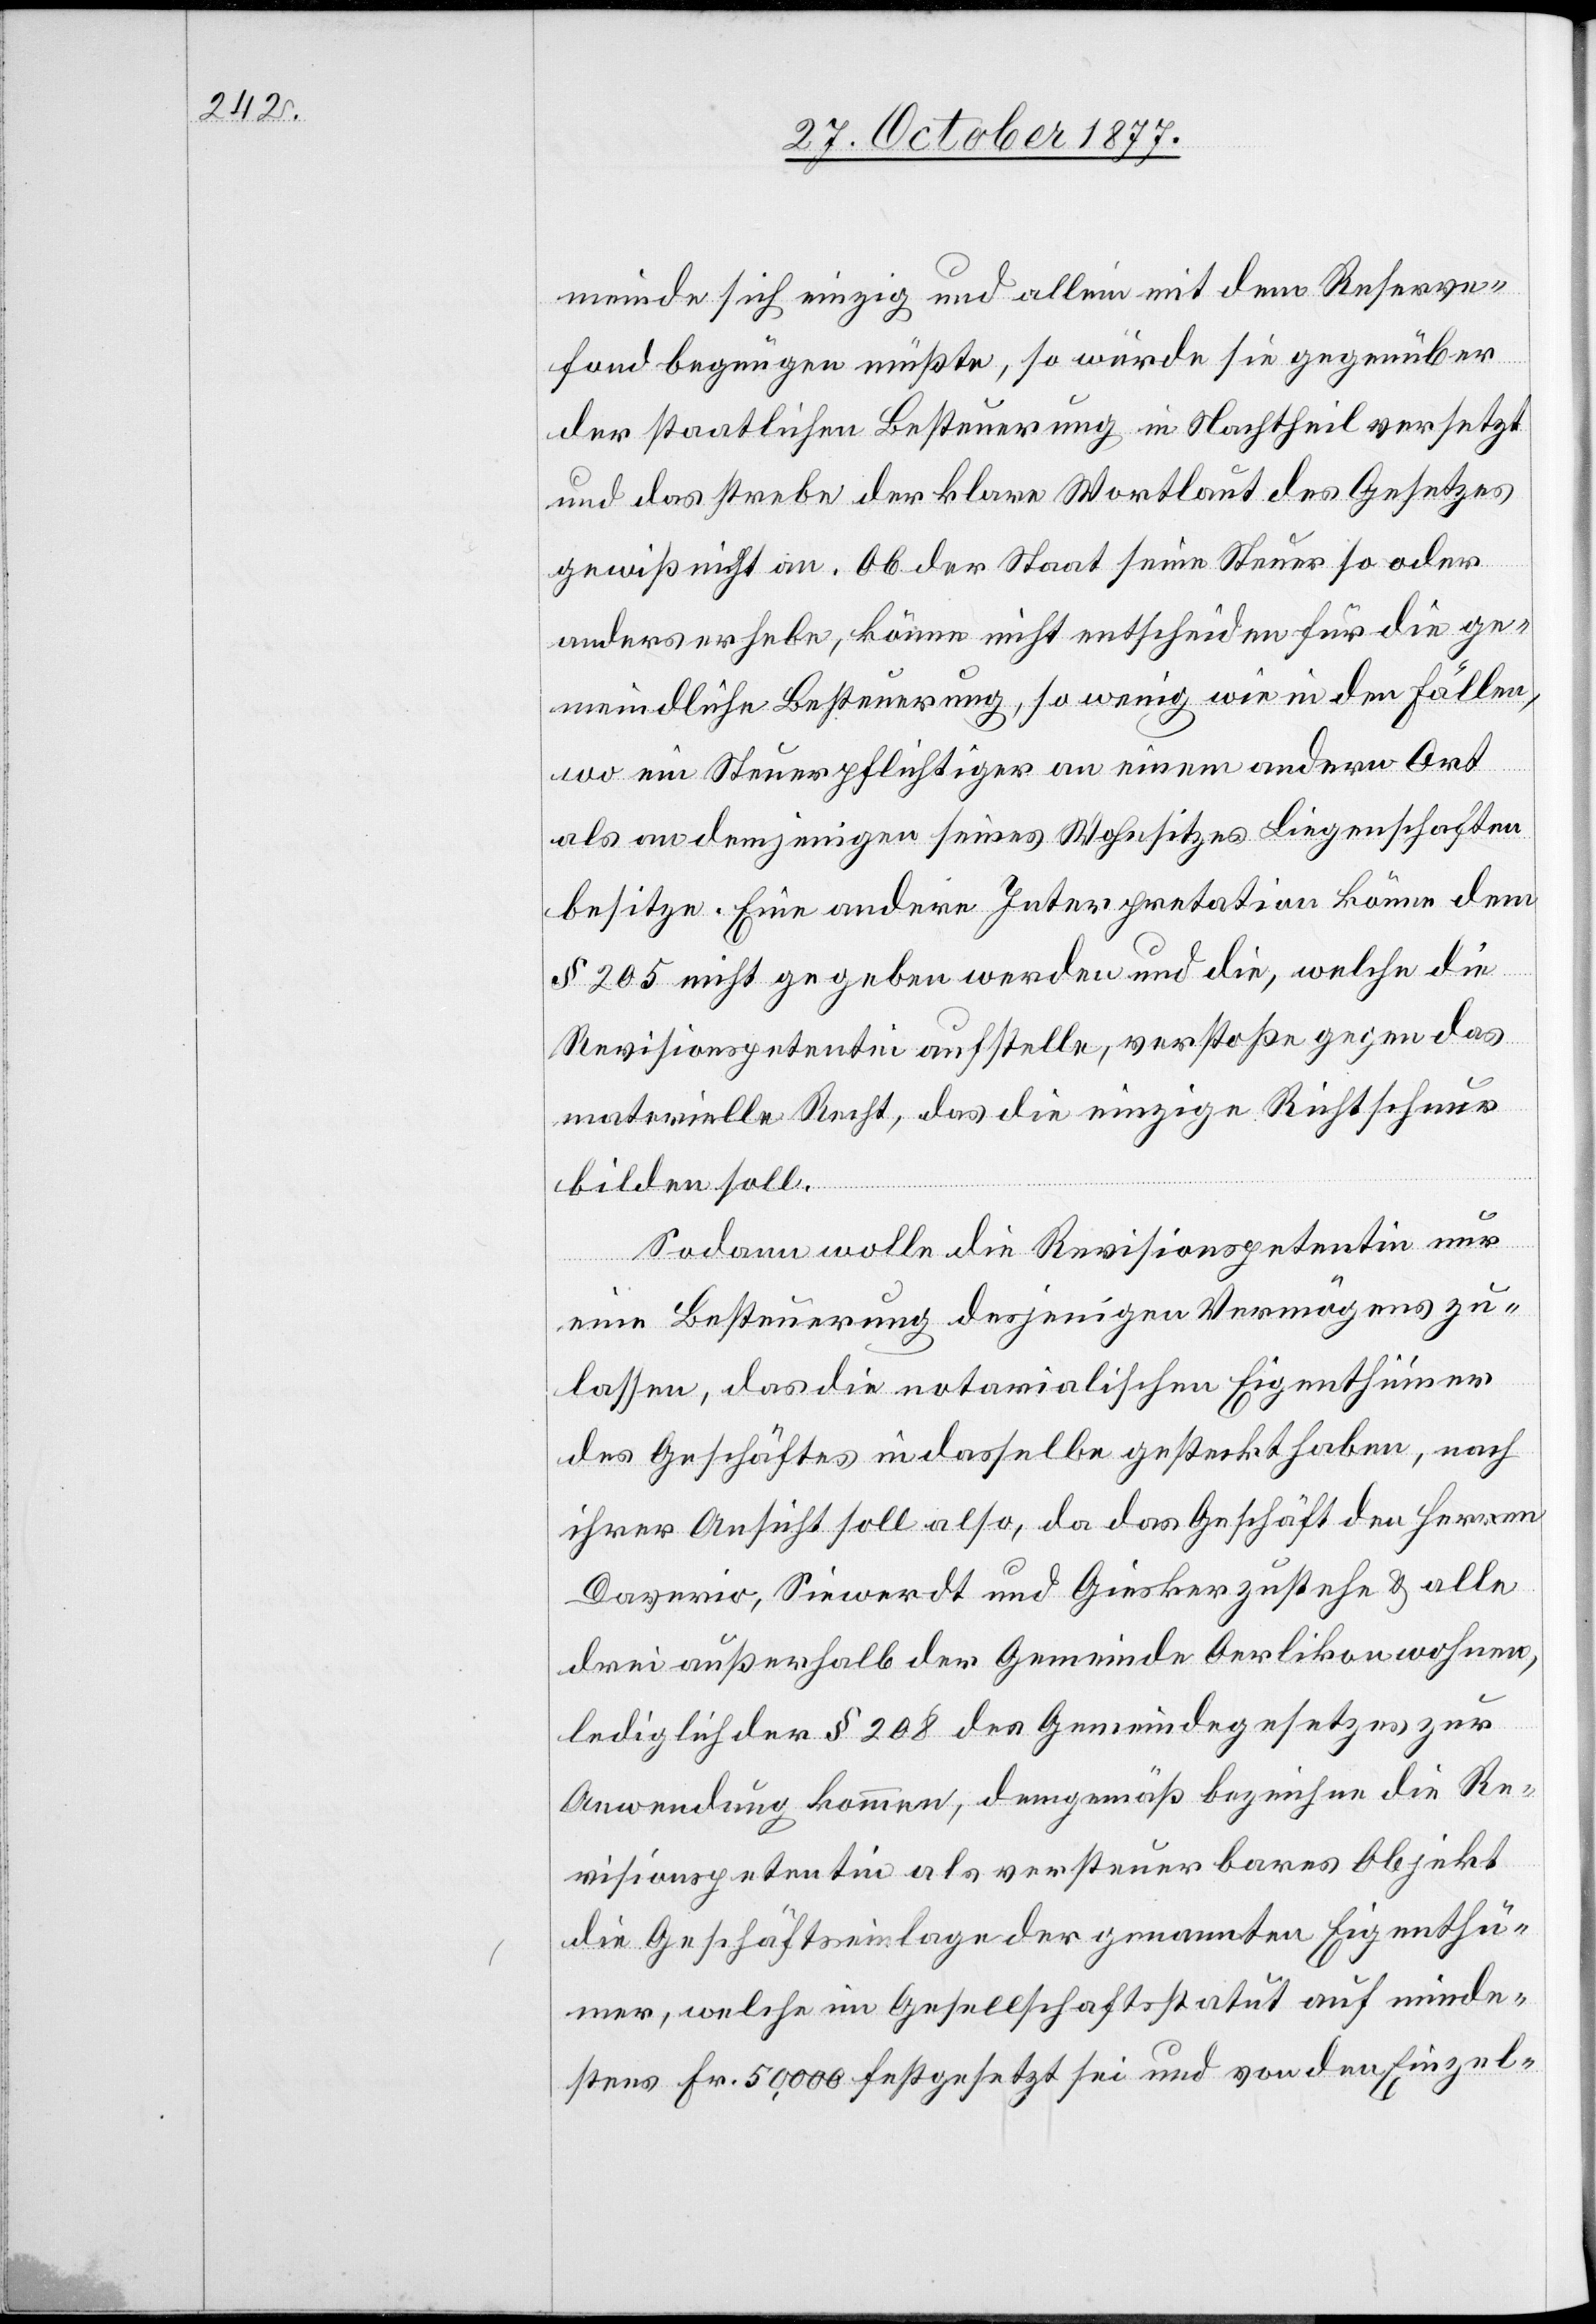
meinde sich einzig und allein mit dem Reserve¬
fond begnügen müßte, so würde sie gegenüber
der staatlichen Besteuerung in Nachtheil versetzt
und das strebe der klare Wortlaut des Gesetzes
gewiß nicht an. Ob der Staat seine Steuer so oder
anders erhebe, könne nicht entscheiden für die ge¬
meindliche Besteuerung, so wenig wie in den Fällen,
wo ein Steuerpflichtiger an einem andern Ort
als an demjenigen seines Wohnsitzes Liegenschaften
besitze. Eine andere Interpretation könne dem
§ 205 nicht gegeben werden und die, welche die
Revisionspetentin aufstelle, verstoße gegen das
materielle Recht, das die einzige Richtschnur
bilden soll.
Sodann wolle die Revisionspetentin nur
eine Besteuerung desjenigen Vermögens zu¬
lassen, das die notarialischen Eigenthümer
des Geschäftes in dasselbe gesteckt haben, nach
ihrer Ansicht soll also, da das Geschäft den Herren
Daverio, Siewerdt und Giesker zustehe & alle
drei außerhalb der Gemeinde Oerlikon wohnen,
lediglich der § 208 des Gemeindegesetzes zur
Anwendung kommen, demgemäß bezeichne die Re¬
visionspetentin als versteuerbares Objekt
die Geschäftseinlage der genannten Eigenthü¬
mer, welche im Gesellschaftsstatut auf minde¬
stens Fr. 50,000 festgesetzt sei und von den Einzel-